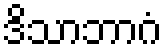
ဒိသာဘာဂံ